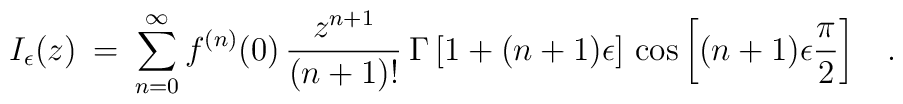
I_{\epsilon}(z) \> =\>  \sum_{n=0}^{\infty} f^{(n)}(0) \, \frac{z^{n+1}}{(n+1)!}\> \Gamma \left [ 1 + (n+1) \epsilon \right ] \, \cos \left [ (n+1) \epsilon \frac{\pi}{2} \right ] \;\;\;.